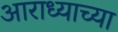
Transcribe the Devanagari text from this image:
आराध्याच्या